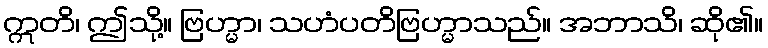
ဣတိ၊ ဤသို့။ ဗြဟ္မာ၊ သဟံပတိဗြဟ္မာသည်။ အဘာသိ၊ ဆို၏။